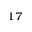
^ { 1 7 }